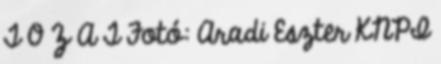
T O Z A T Fotó: Aradi Eszter KNPI